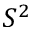
S ^ { 2 }